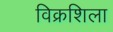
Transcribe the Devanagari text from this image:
विक्रशिला